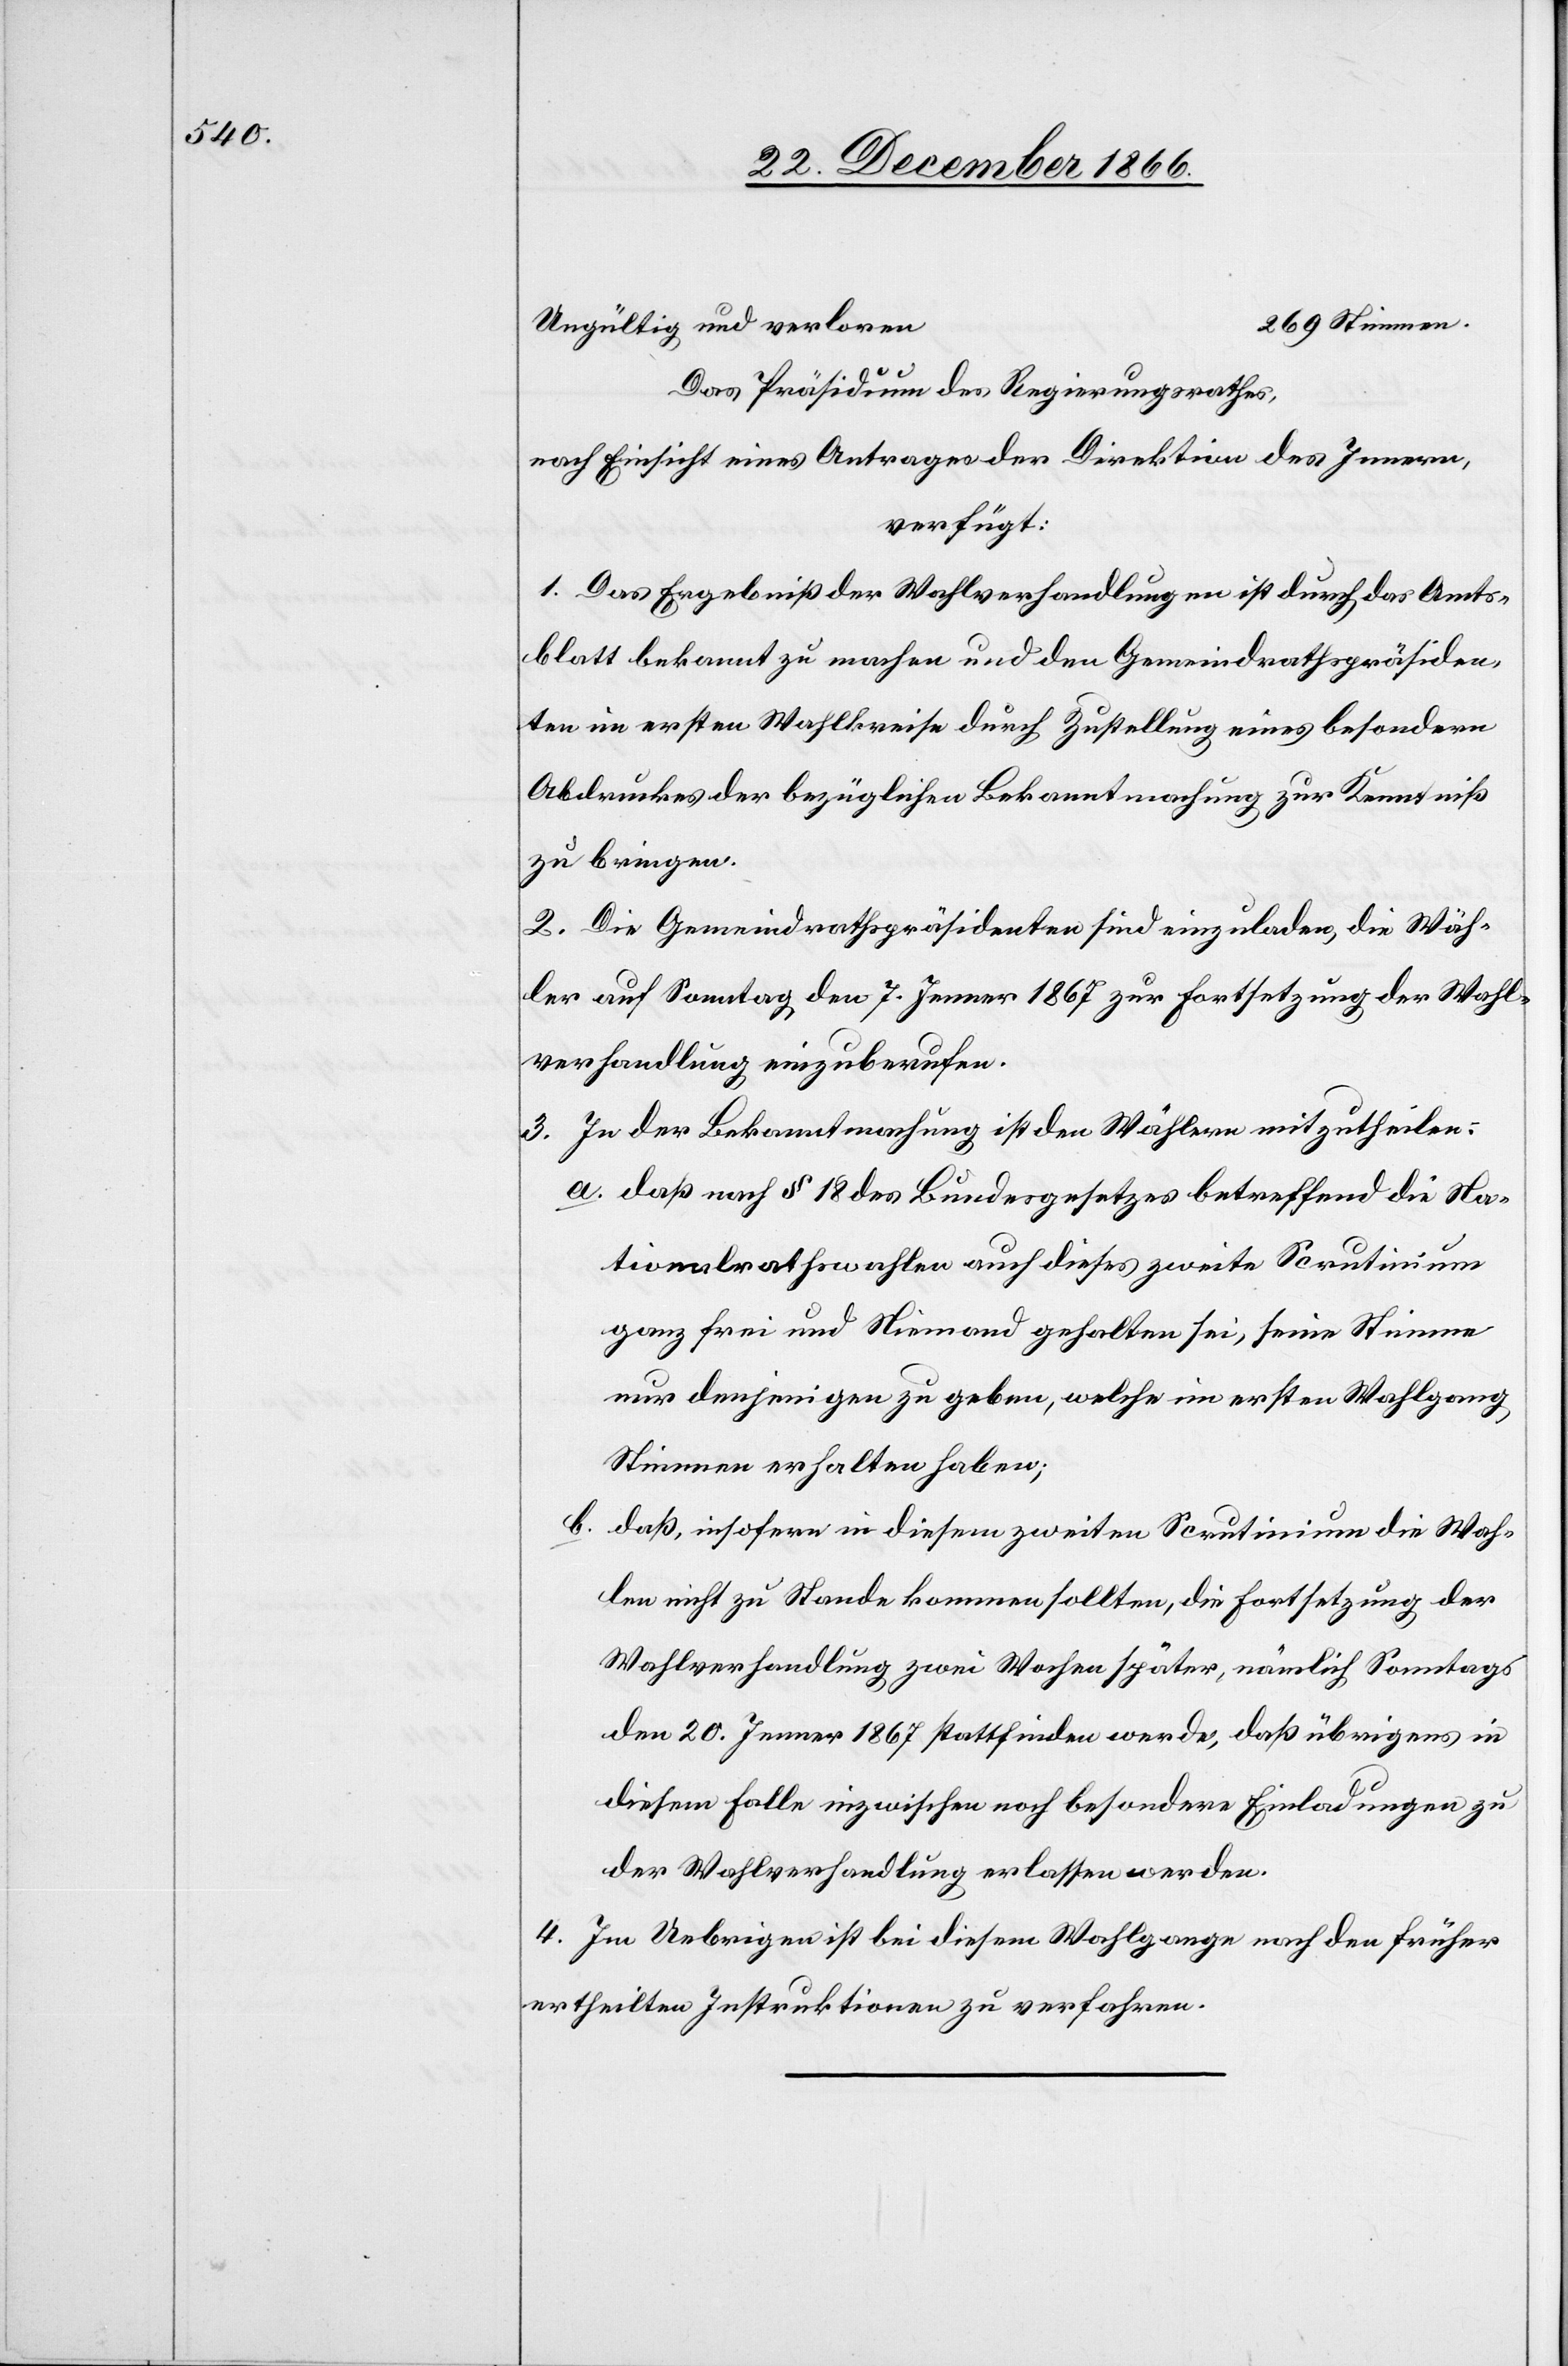
Ungültig und verloren
Das Präsidium des Regierungsrathes,
nach Einsicht eines Antrages der Direktion des Innern,
verfügt:
1. Das Ergebniß der Wahlverhandlungen ist durch das Amts¬
blatt bekannt zu machen und den Gemeindrathspräsiden¬
ten im ersten Wahlkreise durch Zustellung eines besondern
Abdruckes der bezüglichen Bekanntmachung zur Kenntniß
zu bringen.
2. Die Gemeindrathspräsidenten sind einzuladen, die Wäh¬
ler auf Sonntag den 7. Jenner 1867 zur Fortsetzung der Wahl¬
verhandlung einzuberufen.
3. In der Bekanntmachung ist den Wählern mitzutheilen:
a. daß nach § 18 des Bundesgesetzes betreffend die Na¬
tionalrathswahlen auch dieses zweite Scrutinium
ganz frei und Niemand gehalten sei, seine Stimme
nur denjenigen zu geben, welche im ersten Wahlgang
Stimmen erhalten haben;
b. daß, insofern in diesem zweiten Scrutinium die Wah¬
len nicht zu Stande kommen sollten, die Fortsetzung der
Wahlverhandlung zwei Wochen später, nämlich Sonntags
den 20. Jenner 1867 stattfinden werde, daß übrigens in
diesem Falle inzwischen noch besondere Einladungen zu
der Wahlverhandlung erlassen werden.
4. Im Uebrigen ist bei diesem Wahlgange nach den früher
ertheilten Instruktionen zu verfahren.